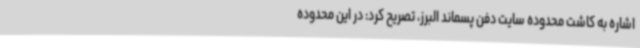
اشاره به کاشت محدوده سایت دفن پسماند البرز، تصریح کرد: در این محدوده